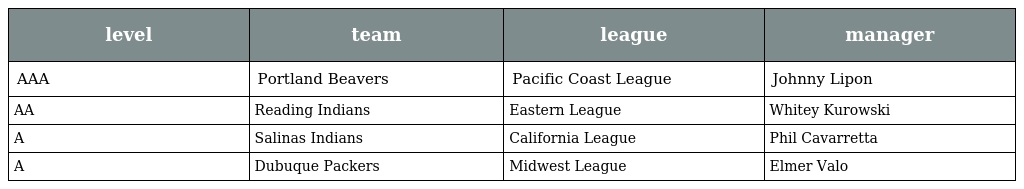
| level | team | league | manager |
 | --- | --- | --- | --- |
 | AAA | Portland Beavers | Pacific Coast League | Johnny Lipon |
 | AA | Reading Indians | Eastern League | Whitey Kurowski |
 | A | Salinas Indians | California League | Phil Cavarretta |
 | A | Dubuque Packers | Midwest League | Elmer Valo |